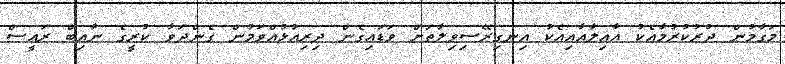
މަގާމުން ދުުރުކުރުމާއެކު އާއިލާއާއިއެކު އިނގިރޭސިވިލާތަށް ވަޑައިގެން ދިރިއުޅުއްވަމުން ގެންދަވާ ކުރީގެ ނާއިބް ރައީސް